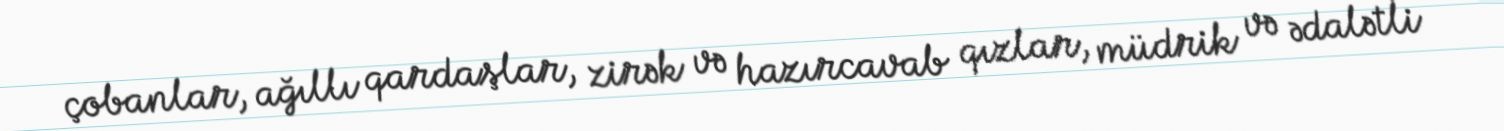
çobanlar, ağıllı qardaşlar, zirək və hazırcavab qızlar, müdrik və ədalətli